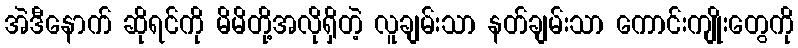
အဲဒီနောက် ဆိုရင်ကို မိမိတို့အလိုရှိတဲ့ လူချမ်းသာ နတ်ချမ်းသာ ကောင်းကျိုးတွေကို